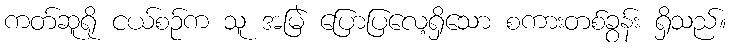
ကတ်ဆူရို ငယ်စဉ်က သူ အမြဲ ပြောပြလေ့ရှိသော စကားတစ်ခွန်း ရှိသည်။